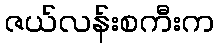
ဇယ်လန်းစကီးက